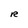
Character: R